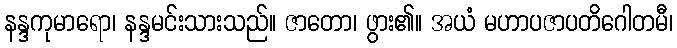
နန္ဒကုမာရော၊ နန္ဒမင်းသားသည်။ ဇာတော၊ ဖွား၏။ အယံ မဟာပဇာပတိဂေါတမီ၊